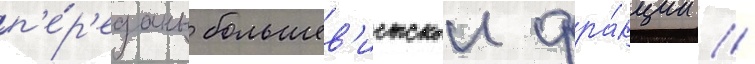
п'е́р'еданы большев'истскои фра́кции //